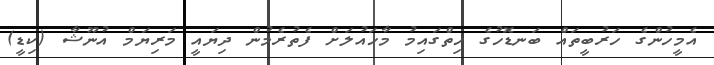
އެމީހުންގެ ހަރުބީތައް ބަނޑޮހުގެ ހިތްގައިމު މާހައުލަށް ފެތުރެމުން ދިޔައީ މަރިޔަމް އުނޫޝާ (ކިޑީ)